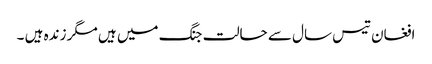
افغان تیس سال سے حالت جنگ میں ہیں مگر زندہ ہیں ۔